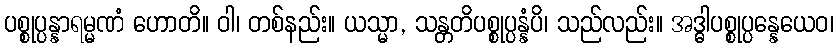
ပစ္စုပ္ပန္နာရမ္မဏံ ဟောတိ။ ဝါ၊ တစ်နည်း။ ယသ္မာ, သန္တတိပစ္စုပ္ပန္နံပိ၊ သည်လည်း။ အဒ္ဓါပစ္စုပ္ပန္နေယေဝ၊